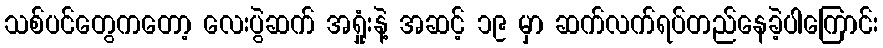
သစ်ပင်တွေကတော့ လေးပွဲဆက် အရှုံးနဲ့ အဆင့် ၁၉ မှာ ဆက်လက်ရပ်တည်နေခဲ့ပါကြောင်း